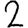
Digit: 2